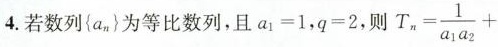
4.若数列{a_{n}}为等比数列，且a_{1}=1,q=2,则T_{n}=\frac{1}{a_{1}a{2}}+